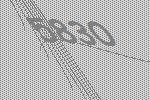
5830